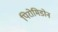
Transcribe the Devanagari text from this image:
पिरोमिडोन